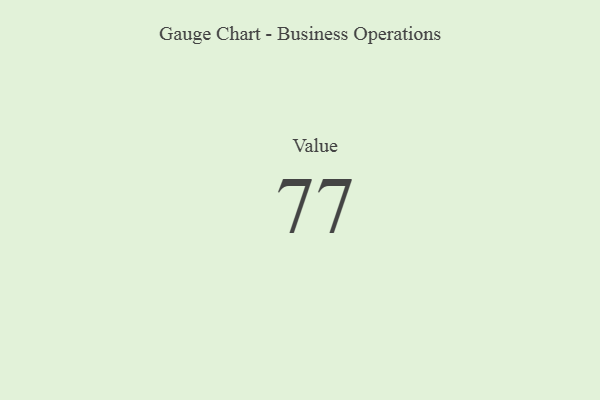
{"axis": {"x": "Metric", "y": "Value"}, "legend": [""], "data": [{"x": "Value", "y": 77, "type": ""}]}